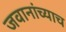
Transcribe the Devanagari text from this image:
जवानांच्याच